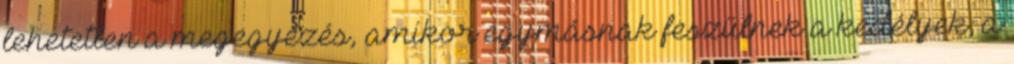
lehetetlen a megegyezés, amikor egymásnak feszülnek a kedélyek; a